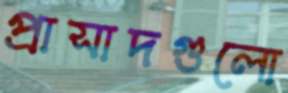
প্রাসাদগুলো